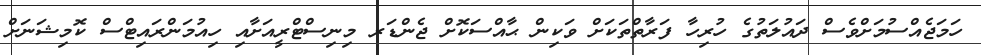
ހަމަޖެއްސުމަށްވެސް ދައުލަތުގެ ހުރިހާ ފަރާތްތަކަށް ވަކިން ޙާއްސަކޮށް ޖެންޑަރ މިނިސްޓްރީއަށާއި ހިއުމަންރައިޓްސް ކޮމިޝަނަށް